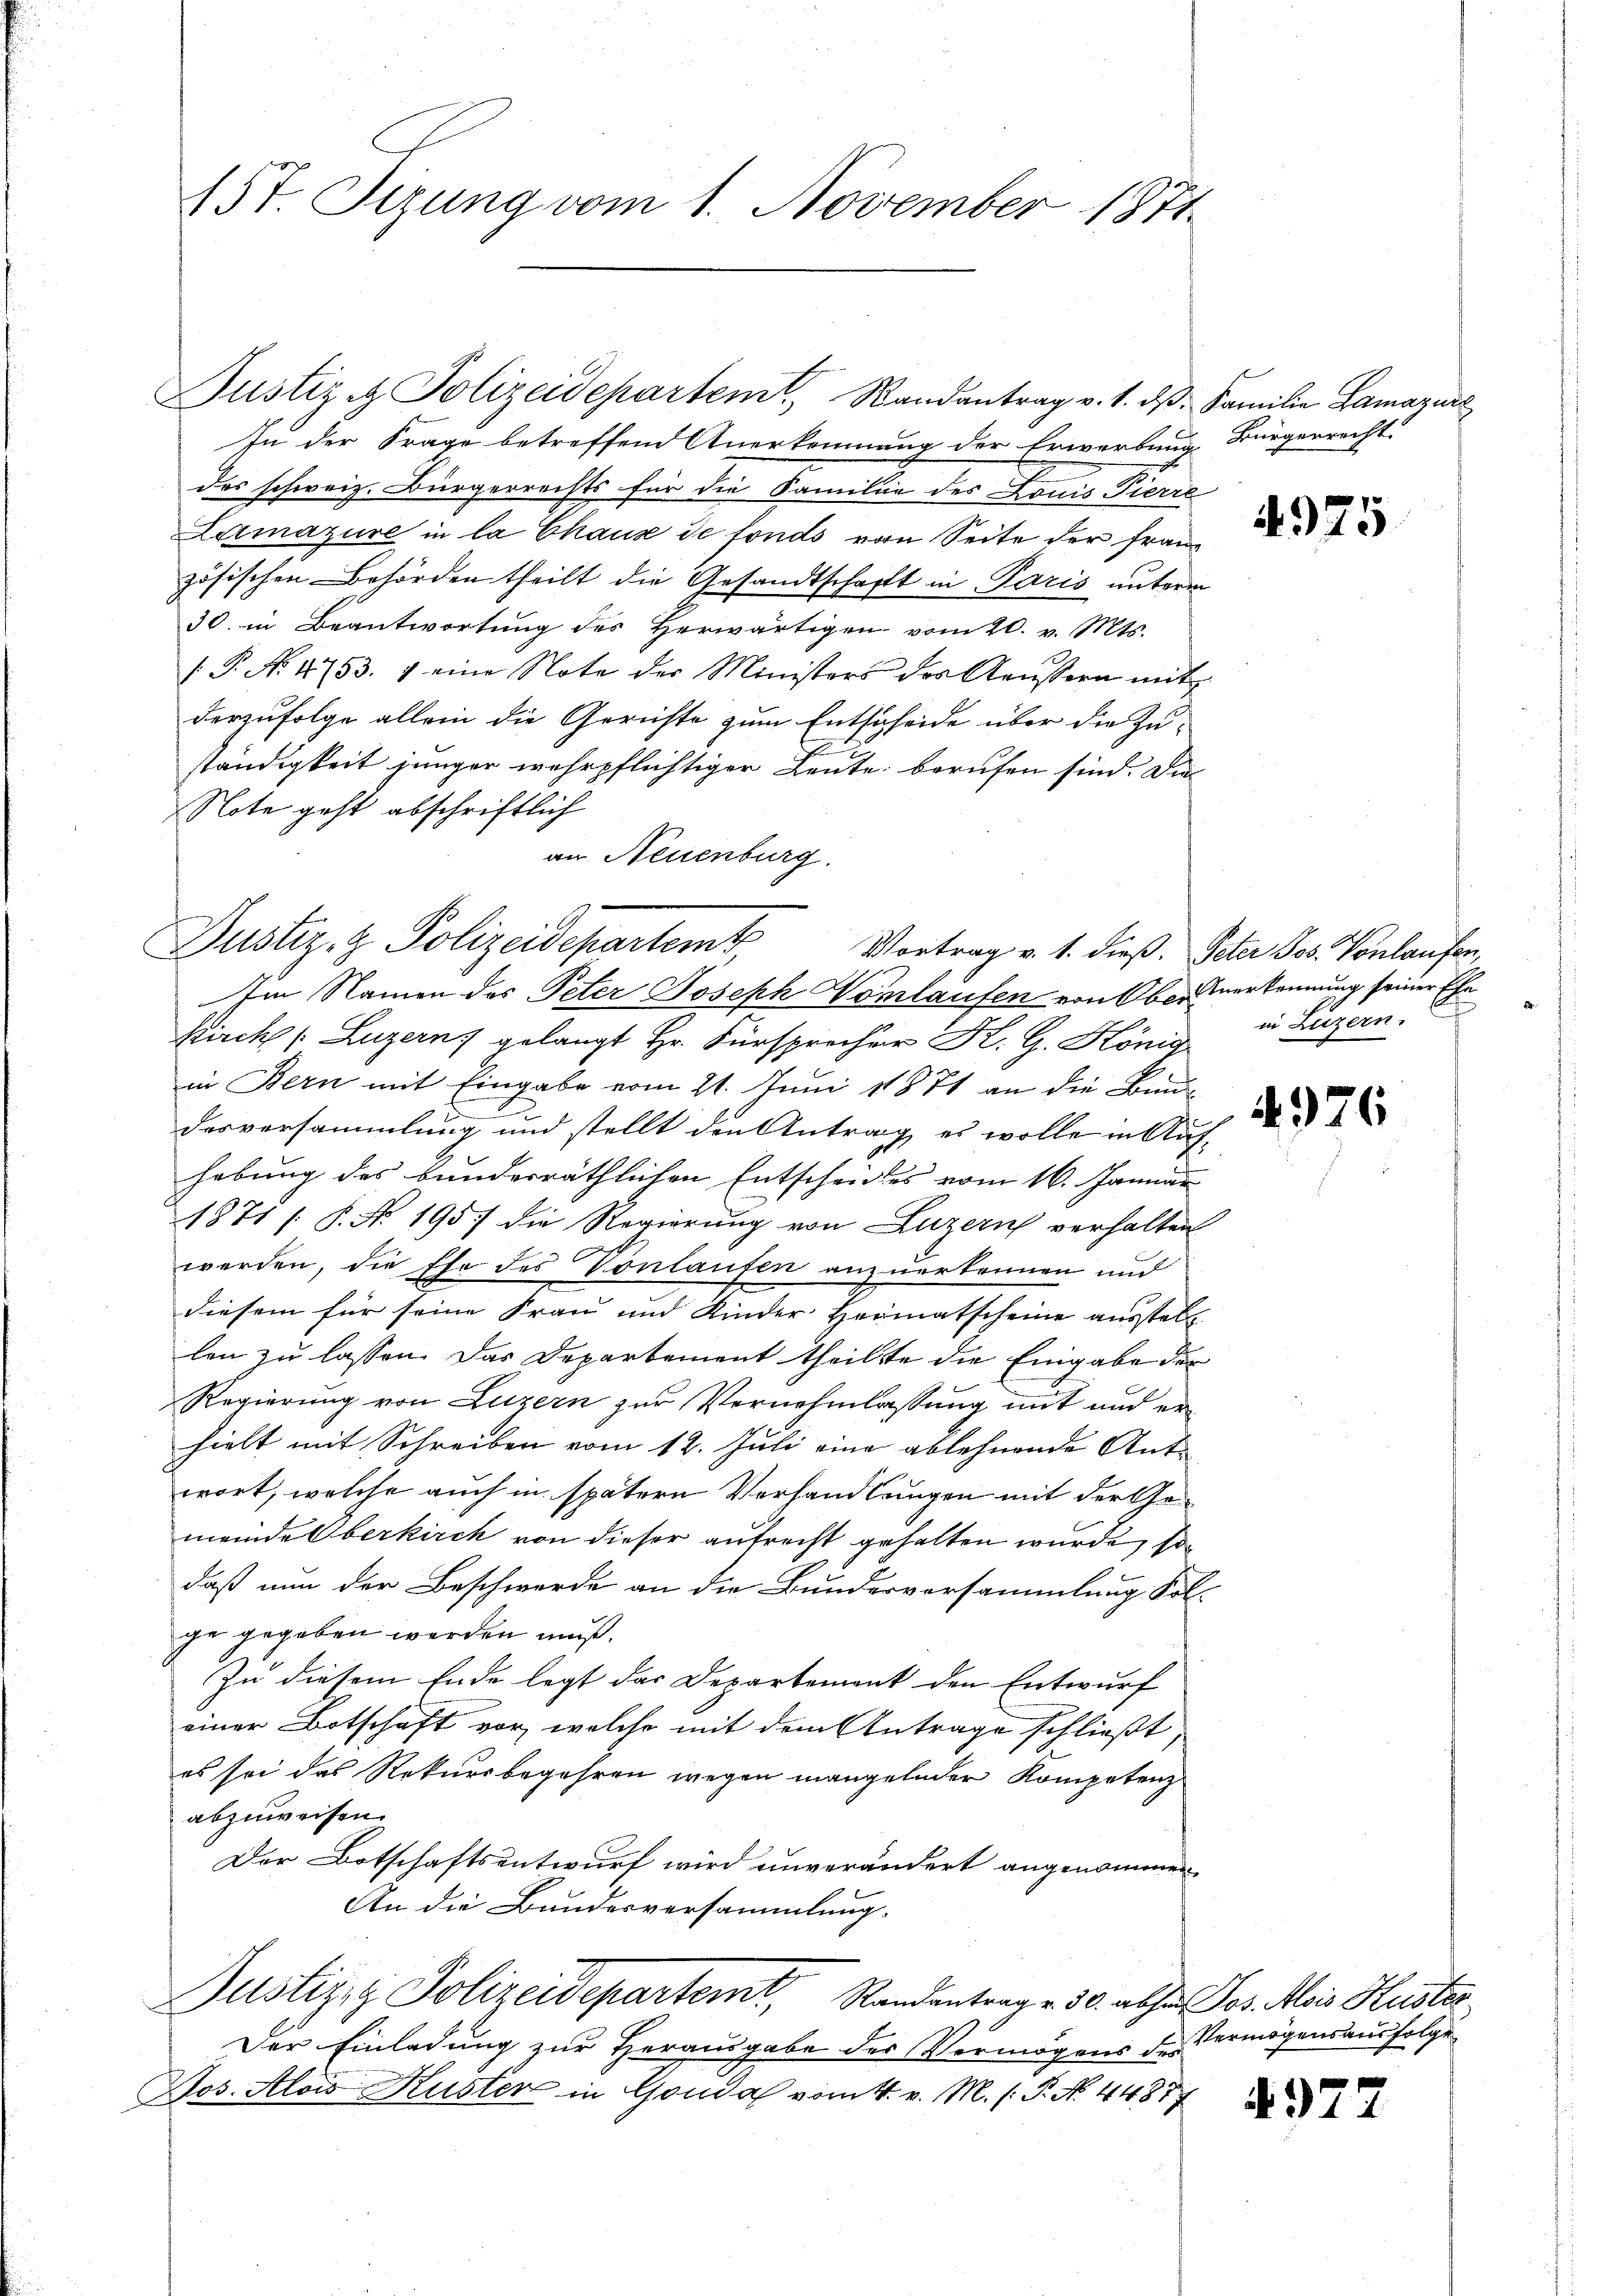
15t. Tizung vom 1. November 1871.

Justiz & Polizeidepartem Randantrag v. 1. dβ. Familie Lamaraić
In der Frage betreffend Anerkennung der Erwerbung Bürgerrecht.
das schweiz. Bürgerrechts für die Familie des Louis Viere
Lumazure in la Chaus de fonds von Seite der Franz
zösischen Behörden theilt die Gesandtschaft in Paris unterm
30. in Beantwortung des Herwärtigen vom 20. v. Mts.
/. P. N. 4753. 4 eine Note der Ministers des Kaŭssern mit
derzufolge allein die Gerichte zum Entscheide über die Zu-
ständigkeit jünger wehrpflichtiger Leute berufen sind. Die
Note geht abschriftlich
an Neuenburg.
Kirch (Luzern gelangt Hr. Fürsprecher K. G. König
in Bern mit Eingabe vom 21. Juni 1871 an die Bun¬
J
1
desversammlung und stellt den Antrag es wolle in Auf-
hebung des bundesräthlichen Entscheides vom 16. Januar
1871 [S. No. 195 die Regierung von Luzern verhalten
werden, die Ehe des Vonlaufen anzuerkennen und
diesem für seine Frau und Kinder Heimatscheine ausstellt
len zu lassen. Das Departement theilte die Eingabe der
Regierung von Luzern zur Vernehmlassung mit und erhielt mit Schreiben vom 12. Juli eine ablehnende Antwort, welche auch in spätern Verhandlungen mit der Gemeinde Oberkirch von dieser aufrecht gehalten wurde, so
daß nun der Beschwerde an die Bunderversammlung Fol-
ge gegeben werden muß.
In diesem Ende legt das Departement den Entwurf
einer Botschaft vor, welche mit dem Antrage schließt,
es sei das Rekursbegehren wegen mangelnder Kompetenz
abzuweisen.
Der Botschaftsentwurf wird unverändert angenommen,
An die Bundesversammlung.
Justizry Polizeidepartemt, Randantrag v. 30. abhin Jos. Alois Huster
Der Einladung zur Herausgabe des Vermögens des
Jos. Alois Kuster in Gonda vom 4. v. M. (: P. No. 44877

Justiz- & Polizeidepartemt, Vortrag v. 1. dieß. Peter Jos. Vonlaufen,
Im Namen des Peter Joseph Vorlaufen von Ober Verkennung seiner Ehe

4975

2
.
in Luzern.

4976

Vermögensausfolge

4977